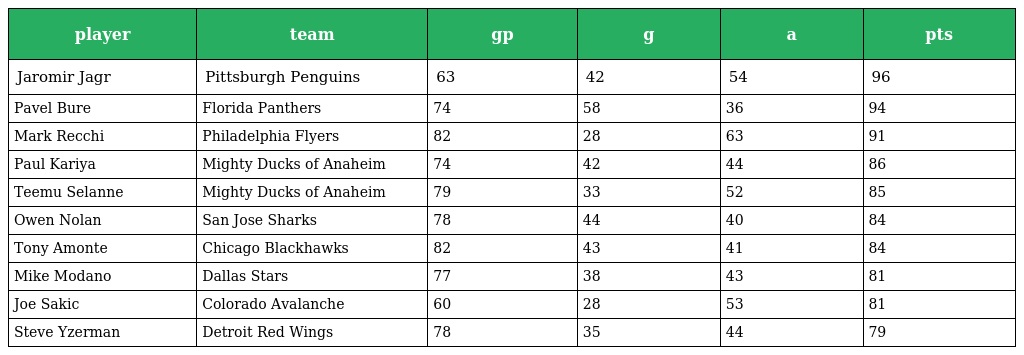
| player | team | gp | g | a | pts |
 | --- | --- | --- | --- | --- | --- |
 | Jaromir Jagr | Pittsburgh Penguins | 63 | 42 | 54 | 96 |
 | Pavel Bure | Florida Panthers | 74 | 58 | 36 | 94 |
 | Mark Recchi | Philadelphia Flyers | 82 | 28 | 63 | 91 |
 | Paul Kariya | Mighty Ducks of Anaheim | 74 | 42 | 44 | 86 |
 | Teemu Selanne | Mighty Ducks of Anaheim | 79 | 33 | 52 | 85 |
 | Owen Nolan | San Jose Sharks | 78 | 44 | 40 | 84 |
 | Tony Amonte | Chicago Blackhawks | 82 | 43 | 41 | 84 |
 | Mike Modano | Dallas Stars | 77 | 38 | 43 | 81 |
 | Joe Sakic | Colorado Avalanche | 60 | 28 | 53 | 81 |
 | Steve Yzerman | Detroit Red Wings | 78 | 35 | 44 | 79 |